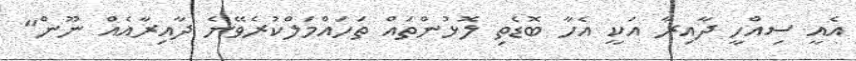
އެއީ ސިއްހީ ދާއިރާ އަކީ އެހާ ބޮޑެތި ލޮޅުންތައް ތަހައްމަލްކުރެވޭނެ ދާއިރާއެއް ނޫން"